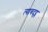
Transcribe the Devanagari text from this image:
त्याबद्द्ल